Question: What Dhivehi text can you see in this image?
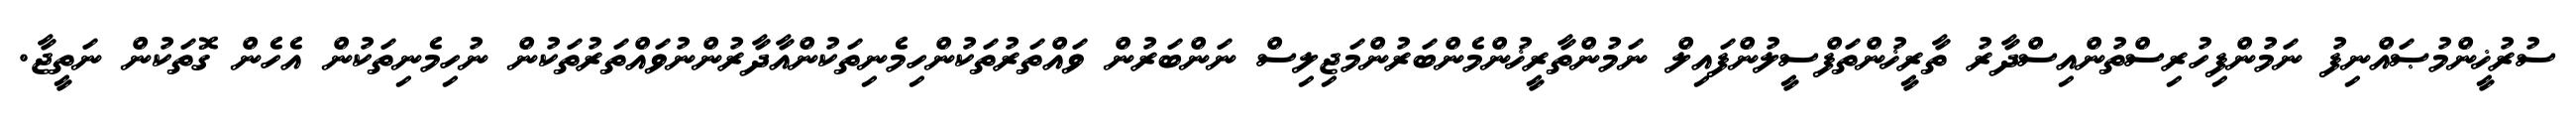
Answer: ސުރުޚީންމުޞައްނިފު ނަމުންފިހުރިސްތުންއިސްދާރު ތާރީޚުންތަފްސީލުންފައިލް ނަމުންތާރީޚުންމެންބަރުންމަޖިލިސް ނަންބަރުން ވައްތަރުތަކުންހިމެނިތަކުންއާދާރުންނުވައްތަރުތަކުން ނުހިމެނިތަކުން އެހެން ގޮތަކުން ނަތީޖާ.